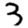
Digit: 3